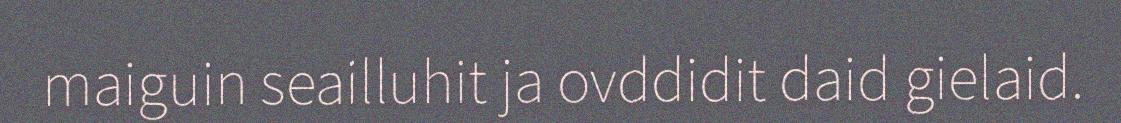
maiguin seailluhit ja ovddidit daid gielaid.